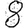
Digit: 8